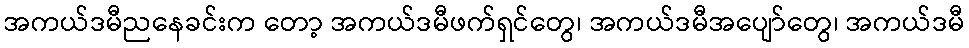
အကယ်ဒမီညနေခင်းက တော့ အကယ်ဒမီဖက်ရှင်တွေ၊ အကယ်ဒမီအပျော်တွေ၊ အကယ်ဒမီ